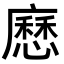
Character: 𭚄